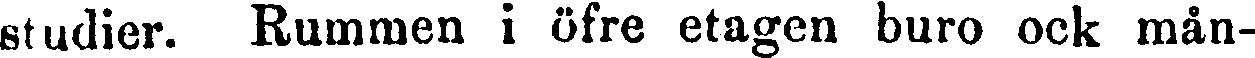
studier. Rummen i öfre etagen buro ock mån-